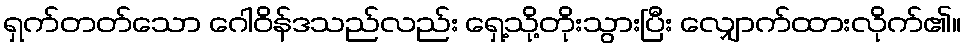
ရှက်တတ်သော ဂေါဝိန်ဒသည်လည်း ရှေ့သို့တိုးသွားပြီး လျှောက်ထားလိုက်၏။